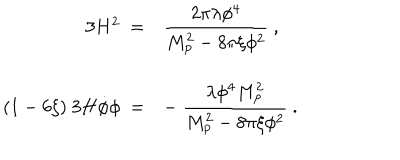
LaTeX: \begin{array} { r l } { { 3 H ^ { 2 } \ = } } & { { { \displaystyle { \frac { 2 \pi \lambda \phi ^ { 4 } } { M _ { \mathrm { p } } ^ { 2 } - 8 \pi \xi \phi ^ { 2 } } } \ , } } } \\ { { ( 1 - 6 \xi ) \ 3 H \dot { \phi } \phi \ = } } & { { { \displaystyle - \ { \frac { \lambda \phi ^ { 4 } M _ { \mathrm { p } } ^ { 2 } } { M _ { \mathrm { p } } ^ { 2 } - 8 \pi \xi \phi ^ { 2 } } } \ . } } } \\ \end{array}